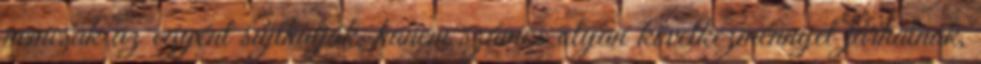
nemcsak az egyént sújthatják, hanem számos olyan következménnyel járhatnak,